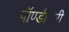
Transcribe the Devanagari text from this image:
पॉण्डीचेरी